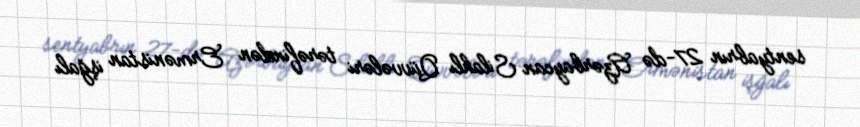
sentyabrın 27-də Azərbaycan Silahlı Qüvvələri tərəfindən Ermənistan işğalı